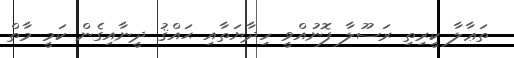
ތަޢާލާ ކީރިތި ރަސޫލާ ފޮނުއްވީ ހިދާޔަތާއި ޙައްޤު ދީނާއިގެން ކަމީ މާތް